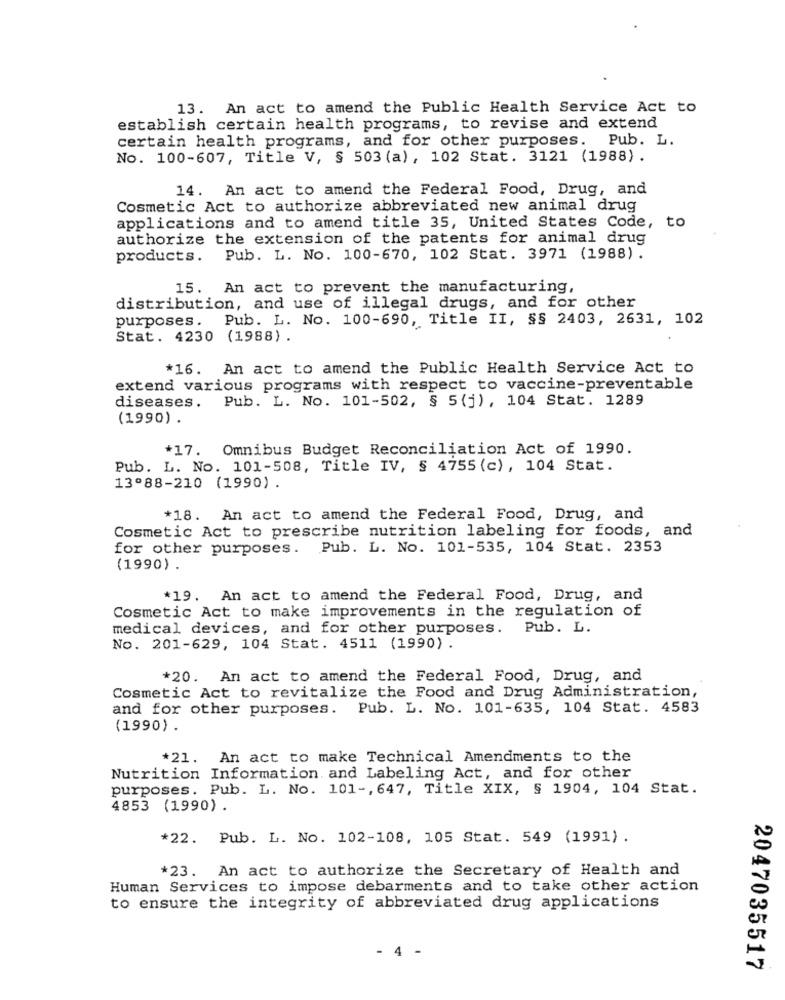
13. An act to amend the Public Health Service Act to
establish certain health programs, to revise and extend
certain health programs, and for other purposes. Pub. L.
No. 100-607, Title V, § 503 (a), 102 Stat. 3121 (1988).
14. An act to amend the Federal Food, Drug, and
Cosmetic Act to authorize abbreviated new animal drug
applications and to amend title 35, United States Code, to
authorize the extension of the patents for animal drug
products.
Pub. L. No. 100-670, 102 Stat. 3971 (1988).
15. An act to prevent the manufacturing,
distribution, and use of illegal drugs, and for other
purposes. Pub. L. No. 100-690, Title II, §§ 2403, 2631, 102
Stat. 4230 (1988) .
*16. An act to amend the Public Health Service Act to
extend various programs with respect to vaccine-preventable
Pub. L. No. 101-502, § 5 (j) , 104 Stat. 1289
diseases.
(1990) .
*17. Omnibus Budget Reconciliation Act of 1990.
Pub. L. No. 101-508, Title IV, § 4755 (c), 104 Stat.
13º88-210 (1990) .
*18. An act to amend the Federal Food, Drug, and
Cosmetic Act to prescribe nutrition labeling for foods, and
for other purposes. Pub. L. No. 101-535, 104 Stat. 2353
(1990) .
*19. An act to amend the Federal Food, Drug, and
Cosmetic Act to make improvements in the regulation of
medical devices, and for other purposes. Pub. L.
No. 201-629, 104 Stat. 4511 (1990).
*20. An act to amend the Federal Food, Drug, and
Cosmetic Act to revitalize the Food and Drug Administration,
and for other purposes. Pub. L. No. 101-635, 104 Stat. 4583
(1990) .
*21. An act to make Technical Amendments to the
Nutrition Information and Labeling Act, and for other
purposes. Pub. L. No. 101 -, 647, Title XIX, § 1904, 104 Stat.
4853 (1990) .
*22. Pub. L. No. 102-108, 105 Stat. 549 (1991) .
*23. An act to authorize the Secretary of Health and
Human Services to impose debarments and to take other action
to ensure the integrity of abbreviated drug applications
4 -
2047035517